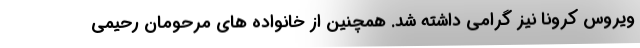
ویروس کرونا نیز گرامی داشته شد. همچنین از خانواده های مرحومان رحیمی